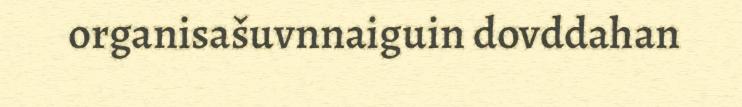
organisašuvnnaiguin dovddahan